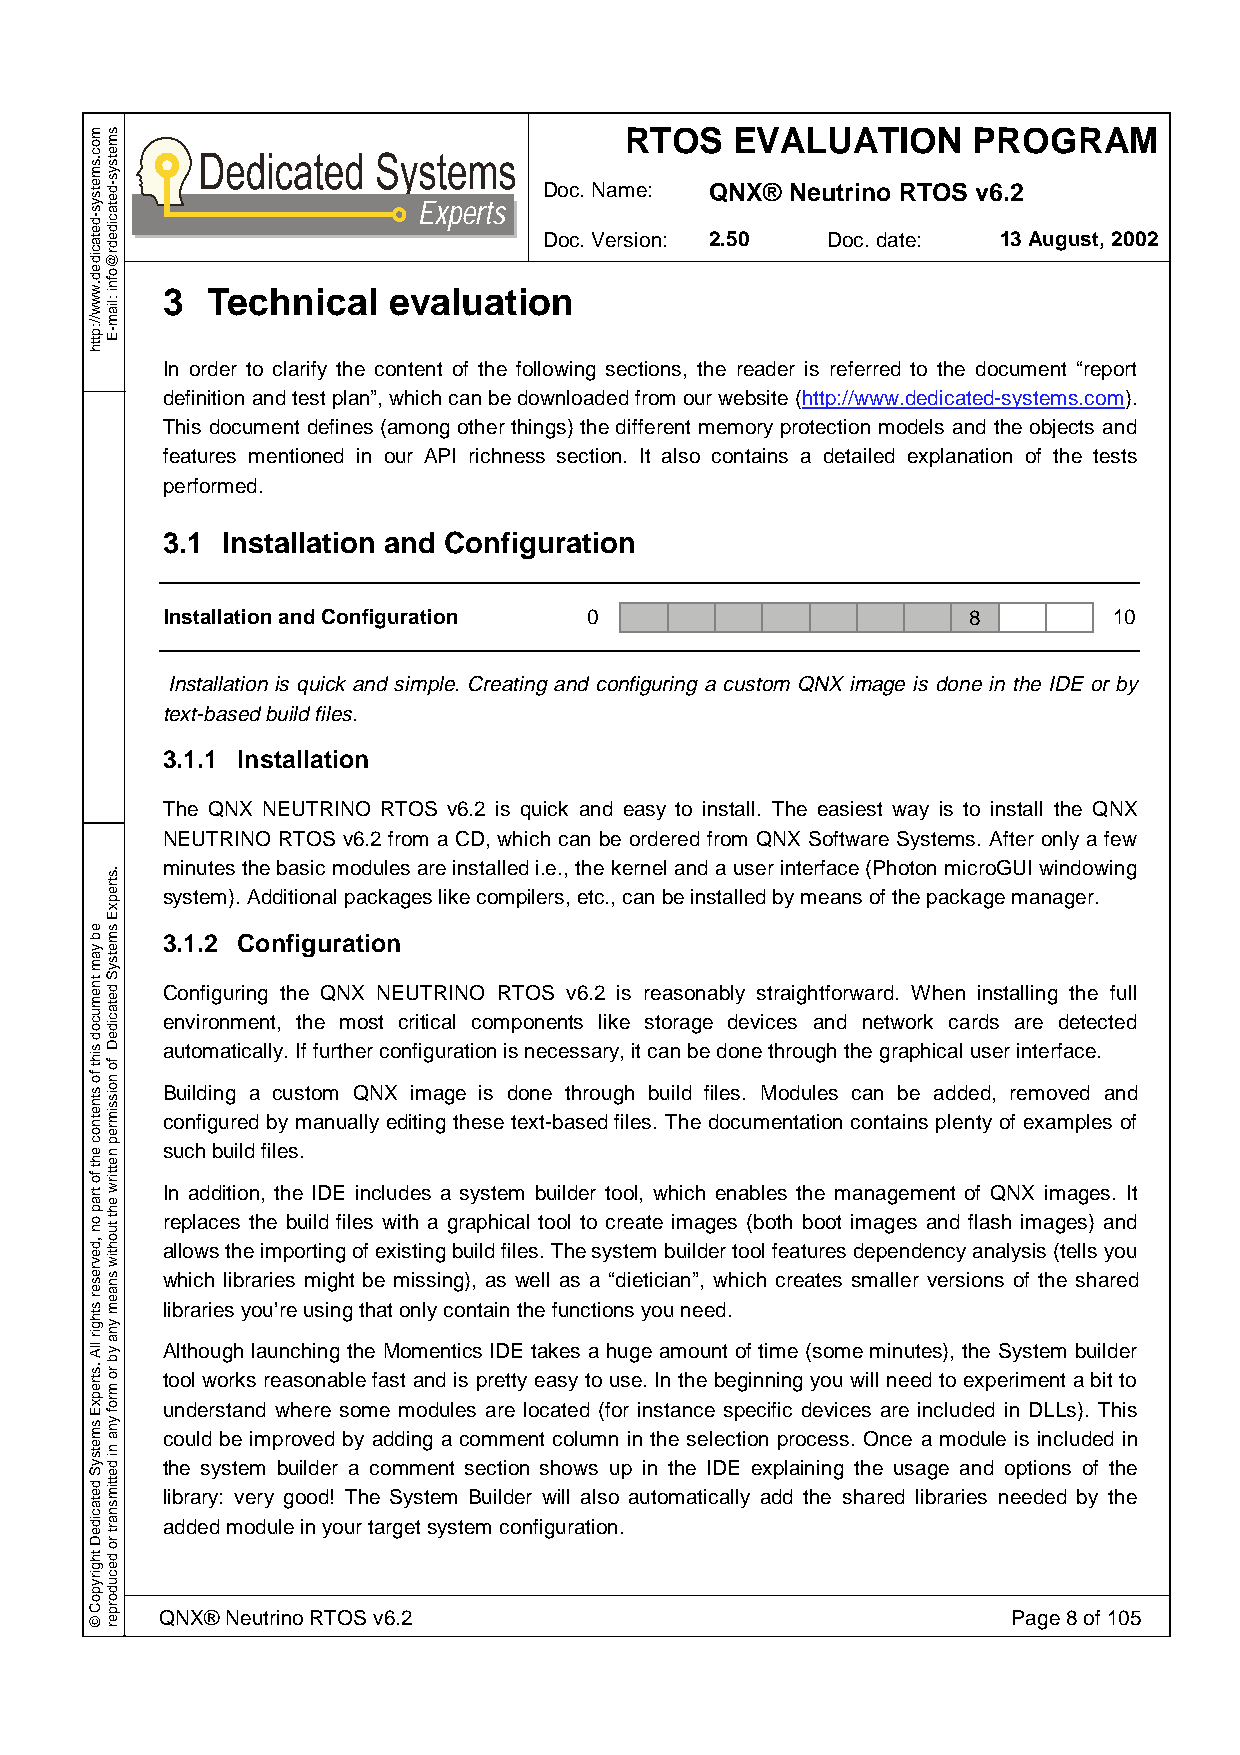
RTOS    EVALUATION     PROGRAM
 Doc. Name: QNX® Neutrino RTOS v6.2
 Experts
 Doc. Version: 2.50 Doc. date: 13 August, 2002
 3  Technical   evaluation
 In order to clarify the content of the following sections, the reader is referred to the document “report
 definition and test plan”, which can be downloaded from our website (http://www.dedicated-systems.com).
 This document defines (among other things) the different memory protection models and the objects and
 features mentioned in our API richness section. It also contains a detailed explanation of the tests
 performed.
 3.1 Installation and Configuration
 Installation and Configuration 0                     8         10
 Installation is quick and simple. Creating and configuring a custom QNX image is done in the IDE or by
 text-based build files.
 3.1.1 Installation
 The QNX NEUTRINO RTOS v6.2 is quick and easy to install. The easiest way is to install the QNX
 NEUTRINO RTOS v6.2 from a CD, which can be ordered from QNX Software Systems. After only a few
 minutes the basic modules are installed i.e., the kernel and a user interface (Photon microGUI windowing
 system). Additional packages like compilers, etc., can be installed by means of the package manager.
 3.1.2 Configuration
 Configuring the QNX NEUTRINO RTOS v6.2 is reasonably straightforward. When installing the full
 environment, the most critical components like storage devices and network cards are detected
 automatically. If further configuration is necessary, it can be done through the graphical user interface.
 Building a custom QNX image is done through build files. Modules can be added, removed and
 configured by manually editing these text-based files. The documentation contains plenty of examples of
 such build files.
 In addition, the IDE includes a system builder tool, which enables the management of QNX images. It
 replaces the build files with a graphical tool to create images (both boot images and flash images) and
 allows the importing of existing build files. The system builder tool features dependency analysis (tells you
 which libraries might be missing), as well as a “dietician”, which creates smaller versions of the shared
 libraries you’re using that only contain the functions you need.
 Although launching the Momentics IDE takes a huge amount of time (some minutes), the System builder
 tool works reasonable fast and is pretty easy to use. In the beginning you will need to experiment a bit to
 understand where some modules are located (for instance specific devices are included in DLLs). This
 could be improved by adding a comment column in the selection process. Once a module is included in
 the system builder a comment section shows up in the IDE explaining the usage and options of the
 library: very good! The System Builder will also automatically add the shared libraries needed by the
 added module in your target system configuration.
 QNX® Neutrino RTOS v6.2                                 Page 8 of 105
 moc.smetsys-detacided.www//:ptth
 eb
 yam
 tnemucod
 siht
 fo
 stnetnoc
 eht
 fo
 trap
 on
 ,devreser
 sthgir
 llA
 .strepxE
 smetsyS
 detacideD
 thgirypoC
 ©
 smetsys-detacidedr@ofni
 :liam-E
 .strepxE
 smetsyS
 detacideD
 fo
 noissimrep
 nettirw
 eht
 tuohtiw
 snaem
 yna
 yb
 ro
 mrof
 yna
 ni
 dettimsnart
 ro
 decudorper